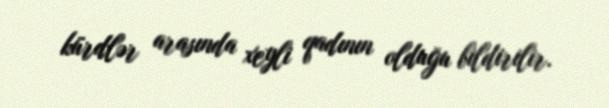
kürdlər arasında xeyli qadının olduğu bildirilir.